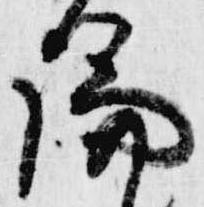
論